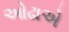
ઓઢાએ